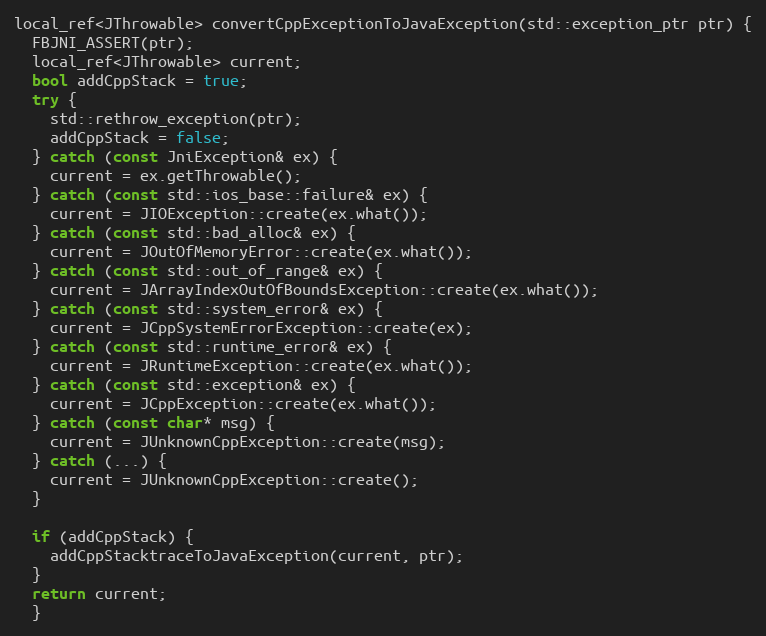
Language: C++
local_ref<JThrowable> convertCppExceptionToJavaException(std::exception_ptr ptr) {
  FBJNI_ASSERT(ptr);
  local_ref<JThrowable> current;
  bool addCppStack = true;
  try {
    std::rethrow_exception(ptr);
    addCppStack = false;
  } catch (const JniException& ex) {
    current = ex.getThrowable();
  } catch (const std::ios_base::failure& ex) {
    current = JIOException::create(ex.what());
  } catch (const std::bad_alloc& ex) {
    current = JOutOfMemoryError::create(ex.what());
  } catch (const std::out_of_range& ex) {
    current = JArrayIndexOutOfBoundsException::create(ex.what());
  } catch (const std::system_error& ex) {
    current = JCppSystemErrorException::create(ex);
  } catch (const std::runtime_error& ex) {
    current = JRuntimeException::create(ex.what());
  } catch (const std::exception& ex) {
    current = JCppException::create(ex.what());
  } catch (const char* msg) {
    current = JUnknownCppException::create(msg);
  } catch (...) {
    current = JUnknownCppException::create();
  }

  if (addCppStack) {
    addCppStacktraceToJavaException(current, ptr);
  }
  return current;
  }